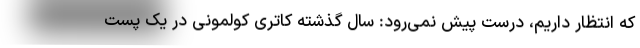
که انتظار داریم، درست پیش نمی‌رود: سال گذشته کاتری کولمونی در یک پست